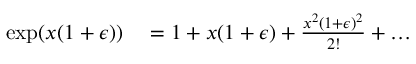
\begin{array} { r l } { \exp ( x ( 1 + \epsilon ) ) } & { { } = 1 + x ( 1 + \epsilon ) + \frac { x ^ { 2 } ( 1 + \epsilon ) ^ { 2 } } { 2 ! } + \dots } \end{array}